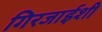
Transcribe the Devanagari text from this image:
गिरजाईशी